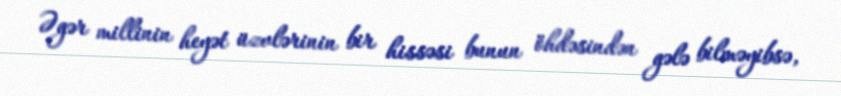
Əgər millinin heyət üzvlərinin bir hissəsi bunun öhdəsindən gələ bilməyibsə,